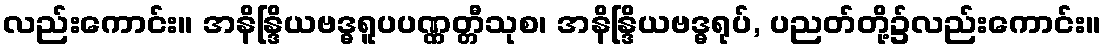
လည်းကောင်း။ အနိန္ဒြိယဗဒ္ဓရူပပဏ္ဏတ္တီသုစ၊ အနိန္ဒြိယဗဒ္ဓရုပ်, ပညတ်တို့၌လည်းကောင်း။